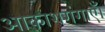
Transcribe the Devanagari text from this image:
आकाशगंगाएँ।